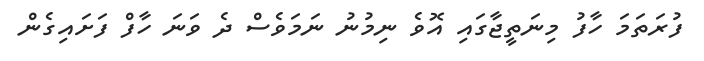
ފުރަތަމަ ހާފު މިނަތީޖާގައި އޮވެ ނިމުނު ނަމަވެސް ދެ ވަނަ ހާފް ފަށައިގެން